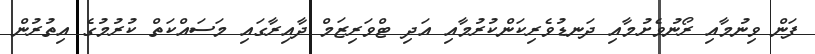
ފަން ވިނުމާއި ރޯނުވެށުމާއި ދަނޑުވެރިކަންކުރުމާއި އަދި ޓްވަރިޒަމް ދާއިރާގައި މަސައްކަތް ކުރުމުގެ އިތުރުން